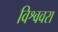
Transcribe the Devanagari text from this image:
विश्ववरा